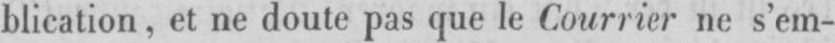
blication, et ne doute pas que le Courrier ne s’em-